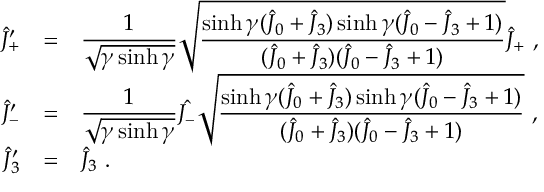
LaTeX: \begin{array} { r c l } { { \hat { J } _ { + } ^ { \prime } } } & { { = } } & { { \displaystyle \frac { 1 } { \sqrt { \gamma \sinh \gamma } } \sqrt { \displaystyle \frac { \sinh \gamma ( \hat { J } _ { 0 } + \hat { J } _ { 3 } ) \sinh \gamma ( \hat { J } _ { 0 } - \hat { J } _ { 3 } + 1 ) } { ( \hat { J } _ { 0 } + \hat { J } _ { 3 } ) ( \hat { J } _ { 0 } - \hat { J } _ { 3 } + 1 ) } } \hat { J } _ { + } ~ , } } \\ { { \hat { J } _ { - } ^ { \prime } } } & { { = } } & { { \displaystyle \frac { 1 } { \sqrt { \gamma \sinh \gamma } } \hat { J _ { - } } \sqrt { \displaystyle \frac { \sinh \gamma ( \hat { J } _ { 0 } + \hat { J } _ { 3 } ) \sinh \gamma ( \hat { J } _ { 0 } - \hat { J } _ { 3 } + 1 ) } { ( \hat { J } _ { 0 } + \hat { J } _ { 3 } ) ( \hat { J } _ { 0 } - \hat { J } _ { 3 } + 1 ) } } ~ , } } \\ { { \hat { J } _ { 3 } ^ { \prime } } } & { { = } } & { { \hat { J } _ { 3 } ~ . } } \end{array}